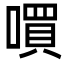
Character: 嘪